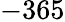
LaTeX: -365